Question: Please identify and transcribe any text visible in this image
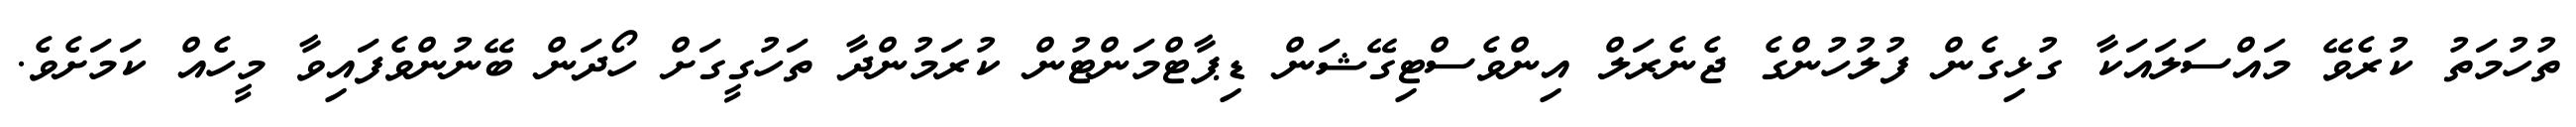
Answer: ތުހުމަތު ކުރެވޭ މައްސަލައަކާ ގުޅިގެން ފުލުހުންގެ ޖެނެރަލް އިންވެސްޓިގޭޝަން ޑިޕާޓްމަންޓުން ކުރަމުންދާ ތަހުގީގަށް ހޯދަން ބޭނުންވެފައިވާ މީހެއް ކަމަށެވެ.